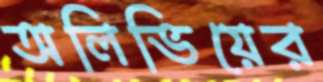
অলিভিয়ের